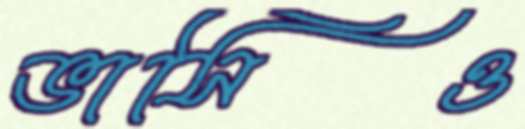
ভাসিও